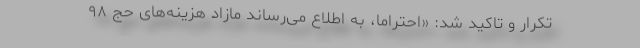
تکرار و تاکید شد: «احتراما، به اطلاع می‌رساند مازاد هزینه‌های حج ۹۸